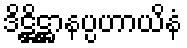
ဒိဋ္ဌိဋ္ဌာနပ္ပဟာယိနံ